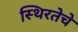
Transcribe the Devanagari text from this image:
स्थिरतेचे